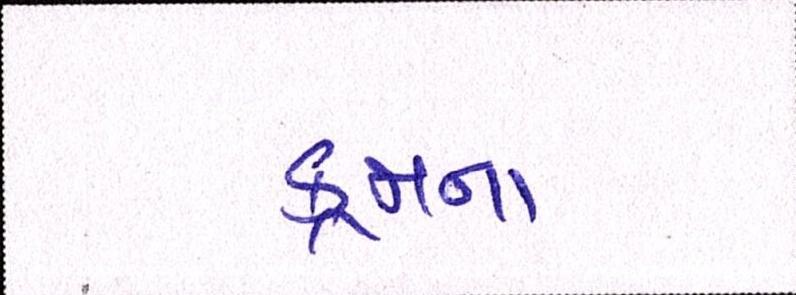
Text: ક્રમના